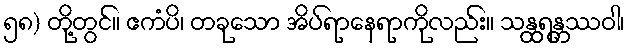
၅၈) တို့တွင်။ ဧကံပိ၊ တခုသော အိပ်ရာနေရာကိုလည်း။ သန္ထရန္တဿဝါ၊